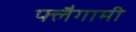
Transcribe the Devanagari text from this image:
फ्लैगामी